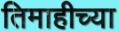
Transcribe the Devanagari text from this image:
तिमाहीच्या